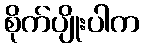
စိုက်ပျိုးပါက